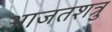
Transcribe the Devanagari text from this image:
आजतशत्रु